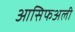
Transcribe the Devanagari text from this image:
आसिफअली